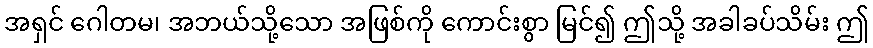
အရှင် ဂေါတမ၊ အဘယ်သို့သော အဖြစ်ကို ကောင်းစွာ မြင်၍ ဤသို့ အခါခပ်သိမ်း ဤ